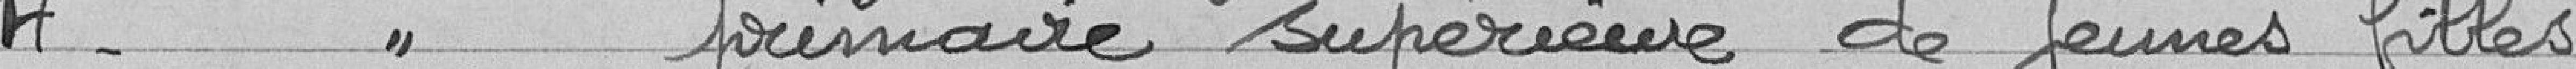
4° -    "    primaire supérieure de jeunes filles